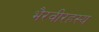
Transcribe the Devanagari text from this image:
भैरवीरहस्य